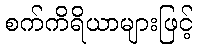
စက်ကိရိယာများဖြင့်